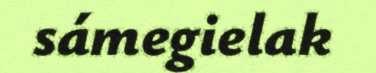
sámegielak